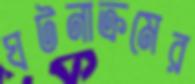
ঘটনাক্রমের